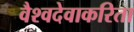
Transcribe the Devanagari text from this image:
वैश्वदेवाकरिता